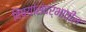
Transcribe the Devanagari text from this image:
विषयांसंदर्भातील